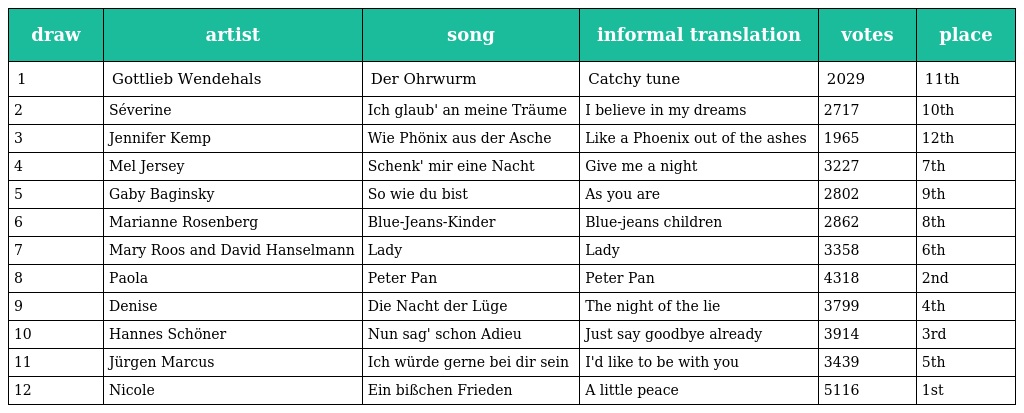
| draw | artist | song | informal translation | votes | place |
 | --- | --- | --- | --- | --- | --- |
 | 1 | Gottlieb Wendehals | Der Ohrwurm | Catchy tune | 2029 | 11th |
 | 2 | Séverine | Ich glaub' an meine Träume | I believe in my dreams | 2717 | 10th |
 | 3 | Jennifer Kemp | Wie Phönix aus der Asche | Like a Phoenix out of the ashes | 1965 | 12th |
 | 4 | Mel Jersey | Schenk' mir eine Nacht | Give me a night | 3227 | 7th |
 | 5 | Gaby Baginsky | So wie du bist | As you are | 2802 | 9th |
 | 6 | Marianne Rosenberg | Blue-Jeans-Kinder | Blue-jeans children | 2862 | 8th |
 | 7 | Mary Roos and David Hanselmann | Lady | Lady | 3358 | 6th |
 | 8 | Paola | Peter Pan | Peter Pan | 4318 | 2nd |
 | 9 | Denise | Die Nacht der Lüge | The night of the lie | 3799 | 4th |
 | 10 | Hannes Schöner | Nun sag' schon Adieu | Just say goodbye already | 3914 | 3rd |
 | 11 | Jürgen Marcus | Ich würde gerne bei dir sein | I'd like to be with you | 3439 | 5th |
 | 12 | Nicole | Ein bißchen Frieden | A little peace | 5116 | 1st |